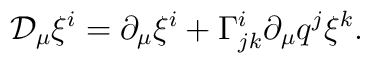
{\cal D}_\mu\xi^i=\partial_\mu\xi^i+\Gamma^i_{jk}\partial_\mu q^j \xi^k.